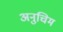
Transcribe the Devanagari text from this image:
अनुचिम